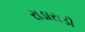
રાડારાડી